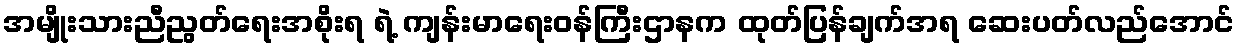
အမျိုးသားညီညွတ်ရေးအစိုးရ ရဲ့ ကျန်းမာရေးဝန်ကြီးဌာနက ထုတ်ပြန်ချက်အရ ဆေးပတ်လည်အောင်